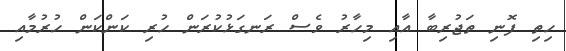
ހިތި ފޮނި ތަޖުރިބާ އާއި މިހާރު ވެސް ރަނގަޅުކުރަން ހުރި ކަންކަން ހުރުމާއި